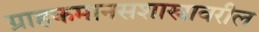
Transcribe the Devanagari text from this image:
ग्राहकमानसशास्त्रावरील